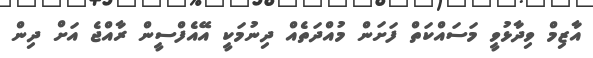
އާޒިމް ވިދާޅުވީ މަސައްކަތް ފަށަން މުއްދަތެއް ދިނުމަކީ އޭއެފްސީން ރާއްޖެ އަށް ދިން